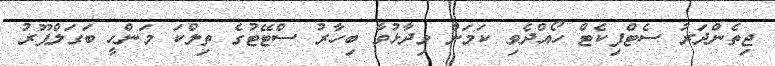
ޖިތެންދަރު ސެޓްފިކެޓް ހޯއްދެވި ކަމަށް ވިދާޅުވާ ބިހާރު ސްޓޭޓުގެ ތިލްކަ މަންހީ ބަގަލްޕޫރު